Code of medical and sanitary regulations for the guidance of medical officers serving in the Madras Presidency - Volume I
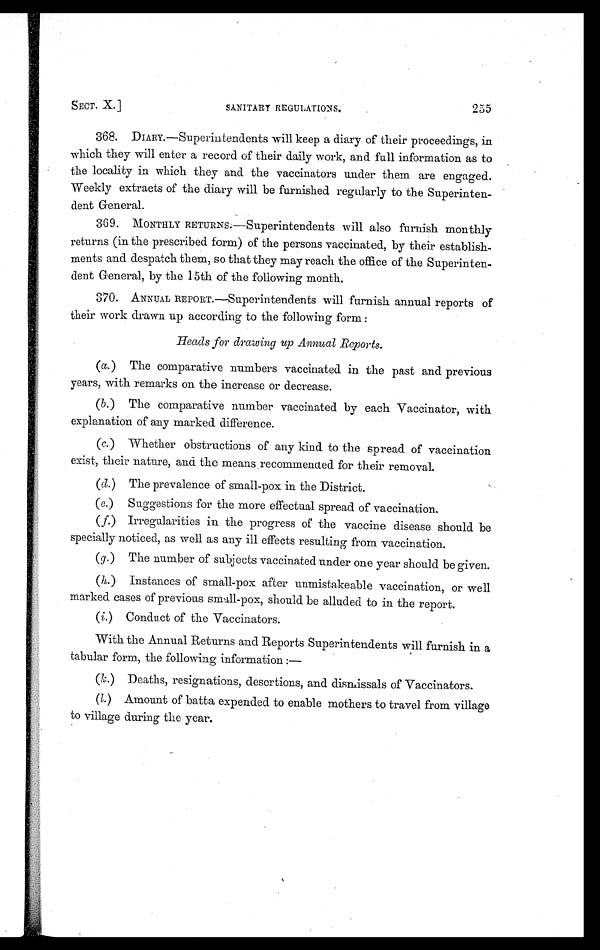
SECT. X.] SANITARY REGULATIONS. 255
368. DIARY.—Superintendents will keep a diary of their proceedings, in
which they will enter a record of their daily work, and full information as to
the locality in which they and the vaccinators under them are engaged.
Weekly extracts of the diary will be furnished regularly to the Superinten-
dent General.
369. MONTHLY RETURNS.—Superintendents will also furnish monthly
returns (in the prescribed form) of the persons vaccinated, by their establish-
ments and despatch them, so that they may reach the office of the Superinten-
dent General, by the 15th of the following month.
370. ANNUAL REPORT.—Superintendents will furnish annual reports of
their work drawn up according to the following form :
Heads for drawing up Annual Reports.
(a. ) The comparative numbers vaccinated in the past and previous
years, with remarks on the increase or decrease.
(b. ) The comparative number vaccinated by each Vaccinator, with
explanation of any marked difference.
(c. ) Whether obstructions of any kind to the spread of vaccination
exist, their nature, and the means recommended for their removal.
(d. ) The prevalence of small-pox in the District.
(e.) Suggestions for the more effectual spread of vaccination.
(f.) Irregularities in the progress of the vaccine disease should be
specially noticed, as well as any ill effects resulting from vaccination.
(g.) The number of subjects vaccinated under one year should be given.
(h.) Instances of small-pox after unmistakeable vaccination, or well
marked cases of previous small-pox, should be alluded to in the report.
(i.) Conduct of the Vaccinators.
With the Annual Returns and Reports Superintendents will furnish in a
tabular form, the following information :—
( k. ) Deaths, resignations, desertions, and dismissals of Vaccinators.
( l. ) Amount of batta expended to enable mothers to travel from village
to village during the year.